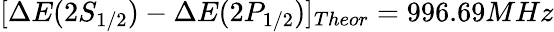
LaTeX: [\Delta E(2S_{1/2})-\Delta E(2P_{1/2})]_{Theor}=996.69MHz